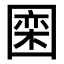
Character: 𪢮